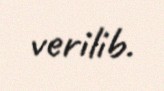
verilib.